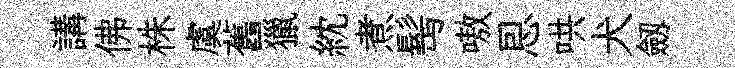
講佛株虞舊獵紞煮髩嗷㤙哄犬劔